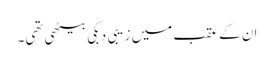
ان کے عقب میں زیبی دبکی بیٹھی تھی۔